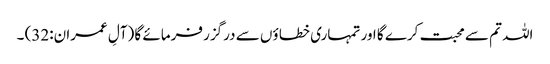
اللہ تم سے محبت کرے گا اور تمہاری خطا ؤں سے درگزر فرمائے گا (آلِ عمران:32) ۔